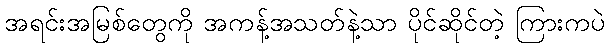
အရင်းအမြစ်တွေကို အကန့်အသတ်နဲ့သာ ပိုင်ဆိုင်တဲ့ ကြားကပဲ